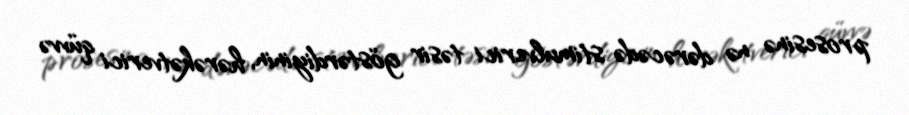
prosesinə nə dərəcədə stimulverici təsir göstərdiyinin, hərəkətverici qüvvə